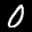
Label: 0